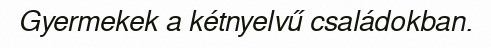
Gyermekek a kétnyelvű családokban.